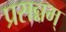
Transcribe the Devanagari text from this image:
प्रसन्नम्